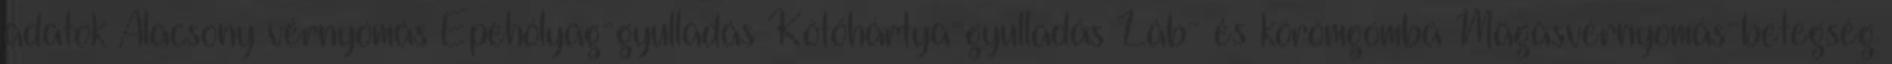
adatok Alacsony vérnyomás Epehólyag-gyulladás Kötőhártya-gyulladás Láb- és körömgomba Magasvérnyomás-betegség